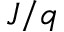
J / q